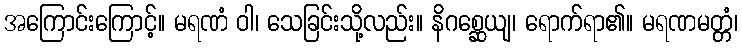
အကြောင်းကြောင့်။ မရဏံ ဝါ၊ သေခြင်းသို့လည်း။ နိဂစ္ဆေယျ၊ ရောက်ရာ၏။ မရဏမတ္တံ၊